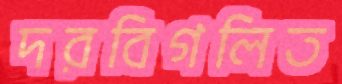
দরবিগলিত